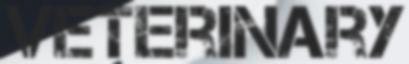
VETERINARY